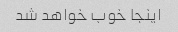
اینجا خوب خواهد شد